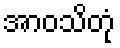
အာဝသိတုံ